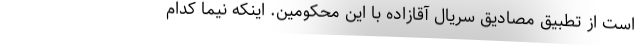
است از تطبیق مصادیق سریال آقازاده با این محکومین. اینکه نیما کدام